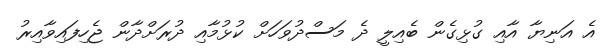
އެ އަނިޔާ އާއި ގުޅިގެން ބެއިލީ ދެ މަސްދުވަހަށް ކުޅުމާއި ދުރަށްދާން ޖެހިފައިވާއިރު